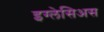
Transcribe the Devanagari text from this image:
इग्लेसिअस